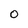
Character: 0